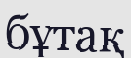
бұтақ